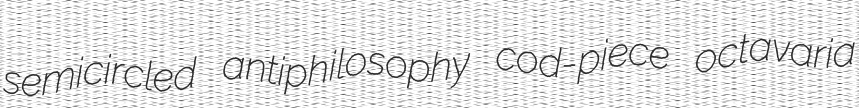
semicircled antiphilosophy cod-piece octavaria